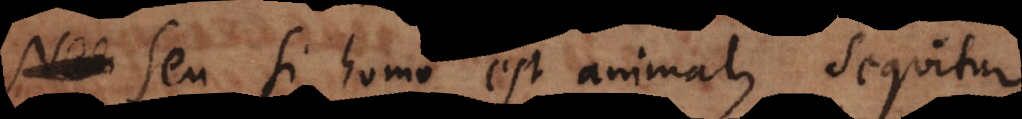
Seu si homo est animal, sequitur